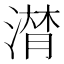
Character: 𱨏